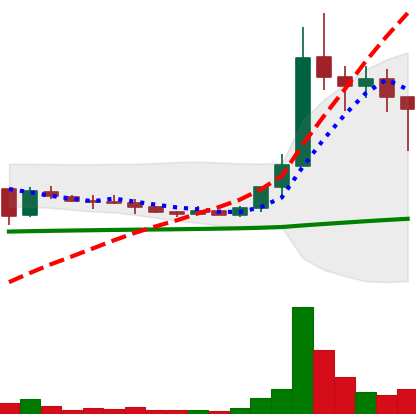
Ticker: XLM-USD
Chart end date: 2021-01-11
Forward return: 7.266%
Label: up_7plus